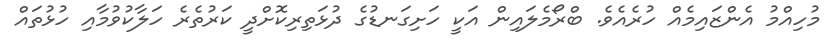
މުހިއްމު އެންޒައިމެއް ހުރެއެވެ. ބްރޯމެލައިން އަކީ ހަށިގަނޑުގެ ދުޅަތިރިކޮށްދީ ކަރުތެރެ ހަލާކުވުމާއި ހުޅުތައް